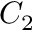
C _ { 2 }